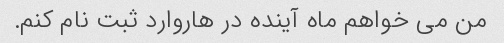
من می خواهم ماه آینده در هاروارد ثبت نام کنم.